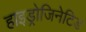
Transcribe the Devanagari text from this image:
हाइड्रोजिनेटिड